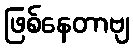
ဖြစ်နေတာဗျ